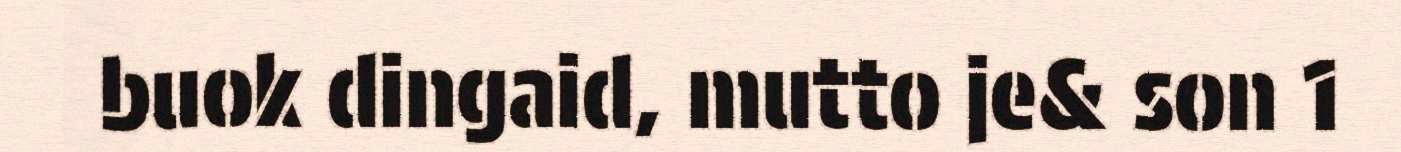
buok dingaid, mutto je& son 1